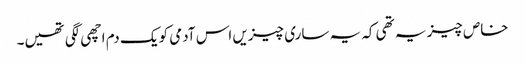
خاص چیز یہ تھی کہ یہ ساری چیزیں اس آدمی کو یک دم اچھی لگی تھیں۔